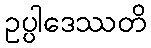
ဥပ္ပါဒေဿတိ